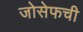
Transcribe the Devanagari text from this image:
जोसेफची